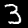
Label: 3